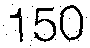
150